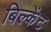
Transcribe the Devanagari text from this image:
बिल्केंट